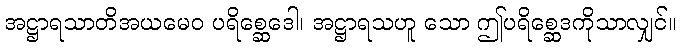
အဋ္ဌာရသာတိအယမေဝ ပရိစ္ဆေဒေါ၊ အဋ္ဌာရသဟူ သော ဤပရိစ္ဆေဒကိုသာလျှင်။